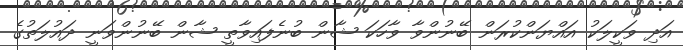
އަދި ވަކީލަކު އައްޔަންކުރަން ބޭނުންވާ ވާހަކަ ޝާން ބުނެފައިވާތީ ޝާން ބޭނުންވަނީ ދައުލަތުގެ